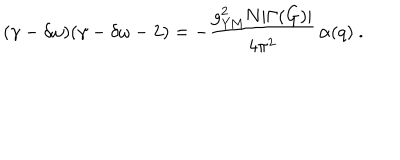
( \gamma - \delta \omega ) ( \gamma - \delta \omega - 2 ) = - { \frac { g _ { \mathrm { Y M } } ^ { 2 } N | \Gamma ( G ) | } { 4 \pi ^ { 2 } } } \, \alpha ( q ) \ .